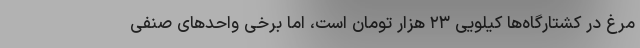
مرغ در کشتارگاه‌ها کیلویی ۲۳ هزار تومان است، اما برخی واحد‌های صنفی